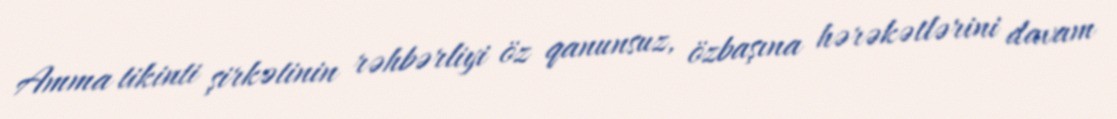
Amma tikinti şirkətinin rəhbərliyi öz qanunsuz, özbaşına hərəkətlərini davam